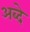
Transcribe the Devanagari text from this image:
अब्दे